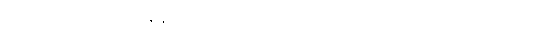
စိတ်လှုပ်ရှားပျော်ရွှင်နေရာကနေ သူ့ကျန်းမာရေးကြောင့် စိတ်ညစ်ညူးစရာတွေ